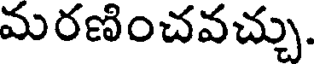
మరణించవచ్చు.